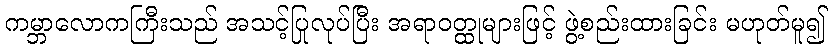
ကမ္ဘာလောကကြီးသည် အသင့်ပြုလုပ်ပြီး အရာဝတ္ထုများဖြင့် ဖွဲ့စည်းထားခြင်း မဟုတ်မူ၍